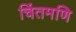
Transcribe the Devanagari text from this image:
चिंतमणि